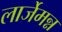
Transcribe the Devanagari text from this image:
लार्जेमन्न